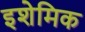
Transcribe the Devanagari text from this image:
इशेमिक